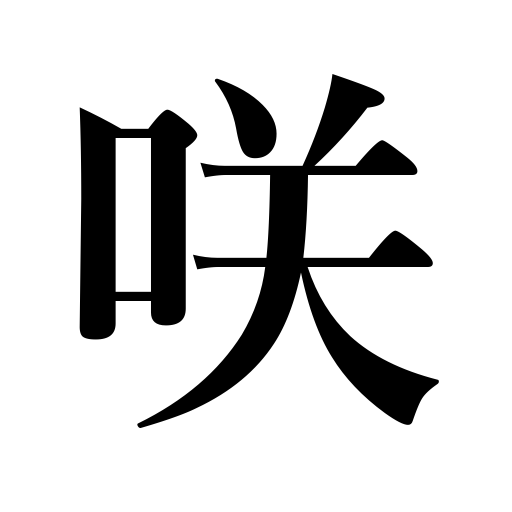
Meanings: bloom,blossom